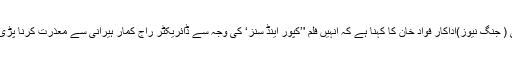
ممبئی ( جنگ نیوز)اداکار فواد خان کا کہنا ہے کہ انہیں فلم '’کپور اینڈ سنز‘ کی وجہ سے ڈائریکٹر راج کمار ہیرانی سے معذرت کرنا پڑی تھی۔